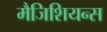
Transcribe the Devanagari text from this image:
मैजिशियन्स